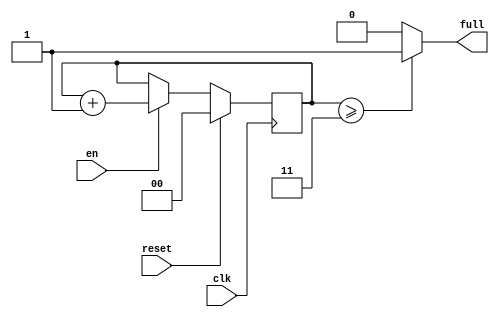

module counter_4bit
	#(
	parameter WIDTH=2
	)
	(
	input clk,
	input reset,
	input en,
	output full
    );
 reg[WIDTH-1:0] count;

	 always @(posedge clk)
	 begin
		if(reset==1)
			count<=0;
			else
				if(en==1)
				begin
					count<=count+1;
				end
	 end
	 assign full = (count >= 2'b11)? 1: 0;
endmodule